Annual report of the Imperial Bacteriologist
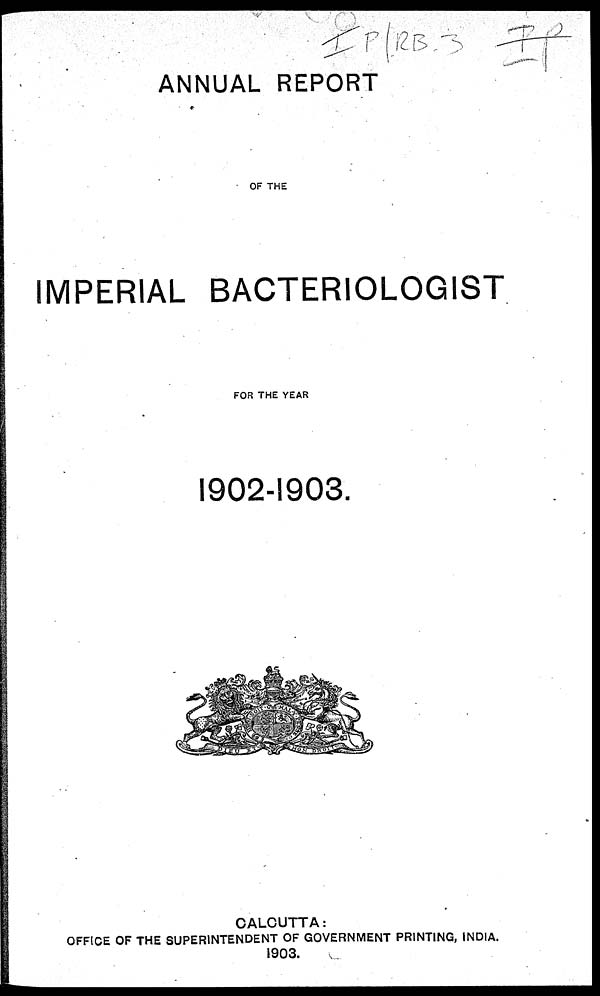
ANNUAL REPORT
OF THE
IMPERIAL BACTERIOLOGIST
FOR THE YEAR
1902-1903.
CALCUTTA :
OFFICE OF THE SUPERINTENDENT OF GOVERNMENT PRINTING, INDIA.
1903.